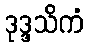
ဒုဒ္ဒသိကံ